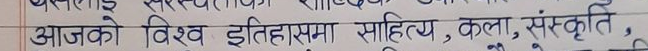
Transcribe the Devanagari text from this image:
आजको विश्व इतिहासमा साहित्य, कला, संस्कृति ,